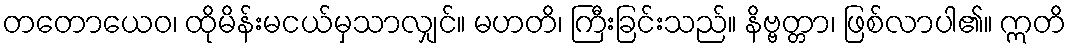
တတောယေဝ၊ ထိုမိန်းမငယ်မှသာလျှင်။ မဟတိ၊ ကြီးခြင်းသည်။ နိဗ္ဗတ္တာ၊ ဖြစ်လာပါ၏။ ဣတိ